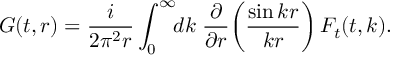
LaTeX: G ( t , r ) = { \frac { i } { 2 \pi ^ { 2 } r } } \int _ { 0 } ^ { \infty } \! \! d k \; { \frac { \partial } { \partial r } } \bigg ( { \frac { \sin k r } { k r } } \bigg ) \, F _ { t } ( t , k ) .